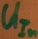
Text: UIn